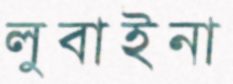
লুবাইনা